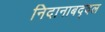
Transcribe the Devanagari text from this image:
निदानाबद्दल